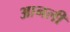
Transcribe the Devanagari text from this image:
आनली